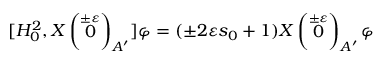
[ H _ { 0 } ^ { 2 } , X \left( \stackrel { \pm \varepsilon } { 0 } \right) _ { A ^ { \prime } } ] \varphi = ( \pm 2 \varepsilon s _ { 0 } + 1 ) X \left( \stackrel { \pm \varepsilon } { 0 } \right) _ { A ^ { \prime } } \varphi